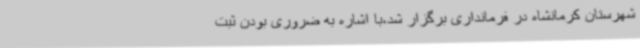
شهرستان کرمانشاه در فرمانداری برگزار شد،با اشاره به ضروری بودن ثبت